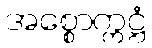
အစ္စောက္ကဋ္ဌံ